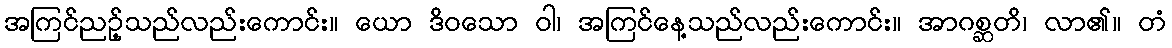
အကြင်ညဉ့်သည်လည်းကောင်း။ ယော ဒိဝသော ဝါ၊ အကြင်နေ့သည်လည်းကောင်း။ အာဂစ္ဆတိ၊ လာ၏။ တံ